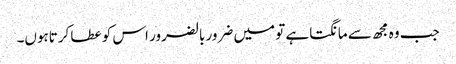
جب وہ مجھ سے مانگتاہے تو میں ضرور بالضرور اس کو عطا کرتاہوں۔